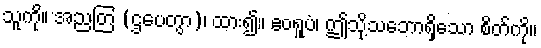
သူကို။ အညတြ (ဌပေတွာ)၊ ထား၍။ ဧဝရူပံ၊ ဤသို့သဘောရှိသော စိတ်ကို။